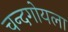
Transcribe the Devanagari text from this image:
चन्दगोयला